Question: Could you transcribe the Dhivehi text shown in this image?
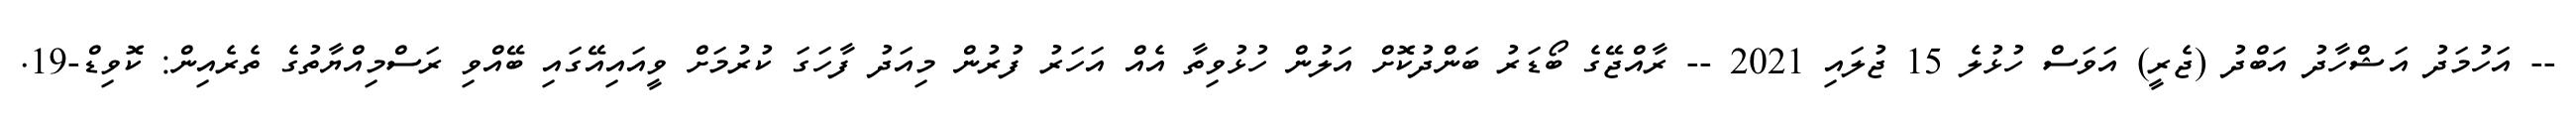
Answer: -- އަހުމަދު އަޝްހާދު އަބްދު (ޖެރީ) އަވަސް ހުޅުލެ 15 ޖުލައި 2021 -- ރާއްޖޭގެ ބޯޑަރު ބަންދުކޮށް އަލުން ހުޅުވިތާ އެއް އަހަރު ފުރުން މިއަދު ފާހަގަ ކުރުމަށް ވީއައިއޭގައި ބޭއްވި ރަސްމިއްޔާތުގެ ތެރެއިން: ކޮވިޑް-19.